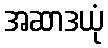
အဆာဒယုံ